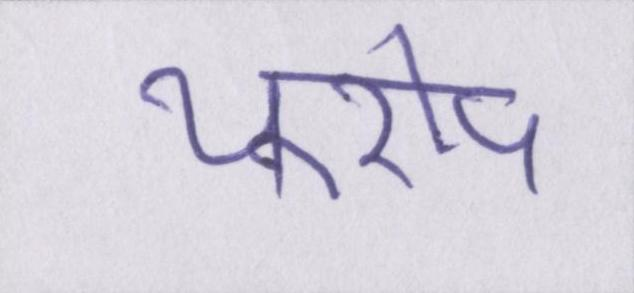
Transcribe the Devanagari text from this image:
यूरोप